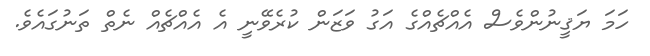
ހަމަ ޔަޤީނުންވެސް އެއްޗެއްގެ އަގު ވަޒަން ކުރެވޭނީ އެ އެއްޗެއް ނެތް ތަނުގައެވެ.